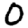
Digit: 0